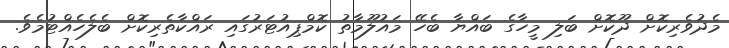
މެދުވެރިކޮށް ދޫކޮށް ބަލި މީހާގެ ބައްޔާ ބެހޭ މައުލޫމާތު ކޮމްޕިއުޓަރުގައި ރައްކާތެރިކޮށް ބެލެހެއްޓުމެވެ.